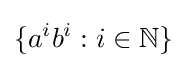
\{a^{i}b^{i}:i\in \mathbb {N} \}